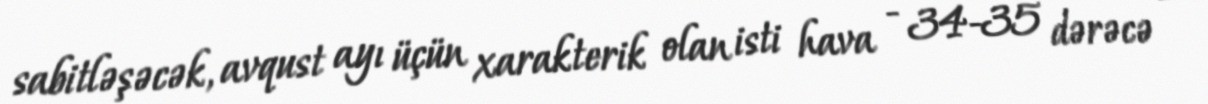
sabitləşəcək, avqust ayı üçün xarakterik olan isti hava - 34-35 dərəcə -